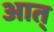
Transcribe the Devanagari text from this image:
आत्